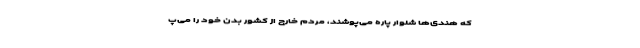
که هندی‌ها شلوار پاره می‌پوشند، مردم خارج از کشور بدن خود را می‌پ